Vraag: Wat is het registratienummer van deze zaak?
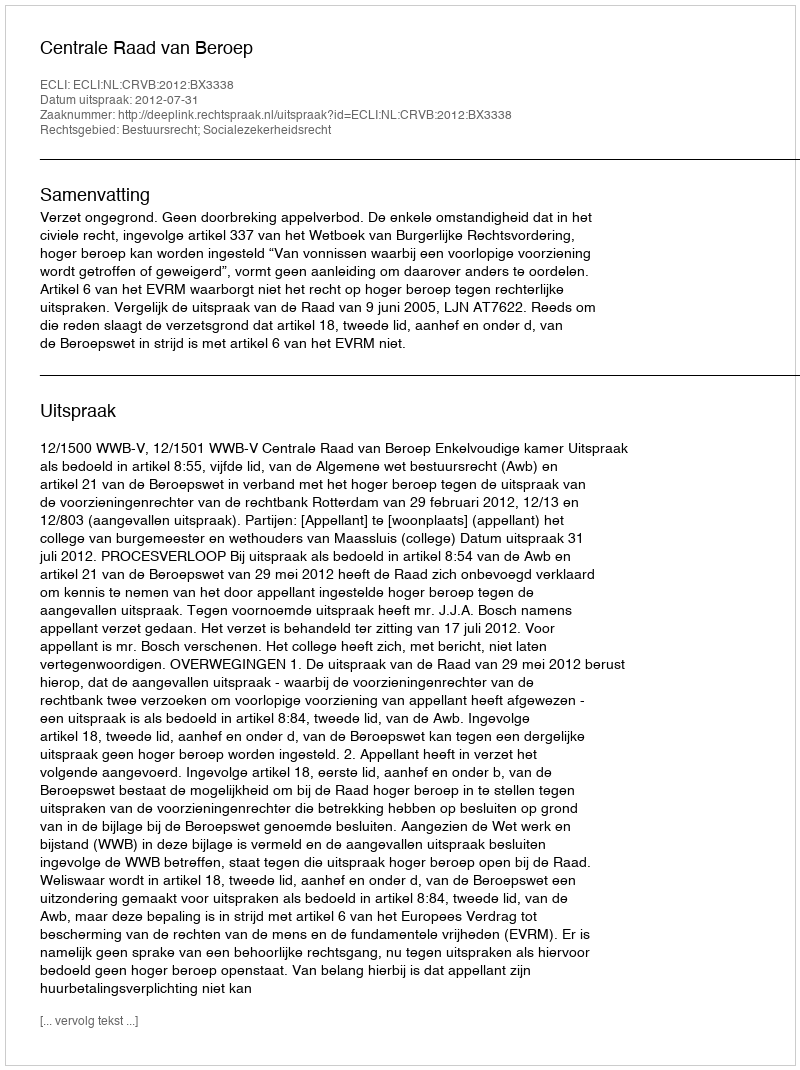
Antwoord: http://deeplink.rechtspraak.nl/uitspraak?id=ECLI:NL:CRVB:2012:BX3338